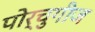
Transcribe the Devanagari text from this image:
पोर्चुगीज